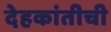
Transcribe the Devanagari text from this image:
देहकांतीची